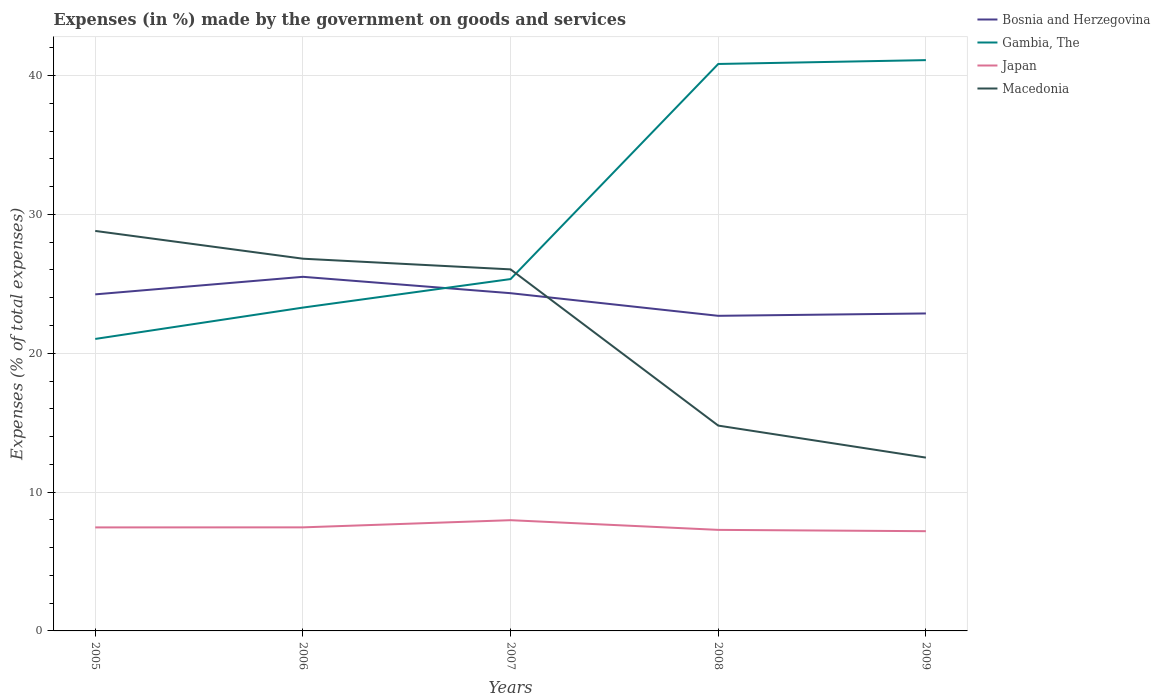
| Years | Bosnia and Herzegovina | Gambia, The | Japan | Macedonia |
 | --- | --- | --- | --- | --- |
 | 2005 | 24.2 | 21 | 7.46 | 28.8 |
 | 2006 | 25.5 | 23.3 | 7.46 | 26.8 |
 | 2007 | 24.3 | 25.3 | 7.98 | 26 |
 | 2008 | 22.7 | 40.8 | 7.28 | 14.8 |
 | 2009 | 22.9 | 41.1 | 7.18 | 12.5 |